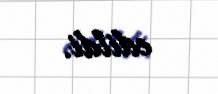
edildi.